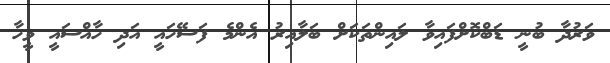
ވަރުދާ ބުނީ ޑަބްކޮށްފައިވާ ލައިންތަކަށް ބަލާއިރު އެންމެ ފަސޭހައީ އަދި ހާއްސައީ ވީހާ